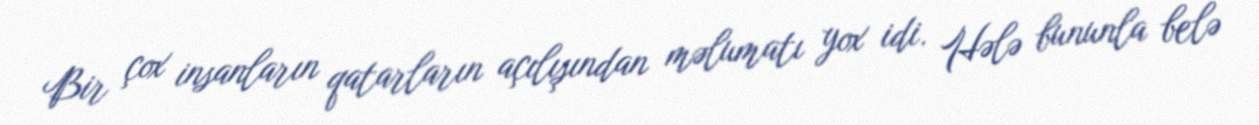
Bir çox insanların qatarların açılışından məlumatı yox idi. Hələ bununla belə